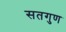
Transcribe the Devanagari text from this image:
सतगुण